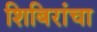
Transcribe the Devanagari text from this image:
शिबिरांचा